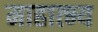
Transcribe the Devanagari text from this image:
माहात्भ्य